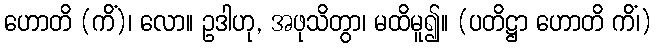
ဟောတိ (ကိံ)၊ လော။ ဥဒါဟု, အဖုသိတွာ၊ မထိမူ၍။ (ပတိဋ္ဌာ ဟောတိ ကိံ၊)